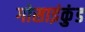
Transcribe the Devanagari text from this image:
गोसाइंकुंड